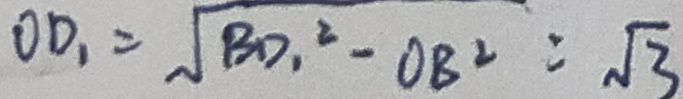
O D _ { 1 } = \sqrt { B D _ { 1 } ^ { 2 } - O B ^ { 2 } } = \sqrt { 3 }